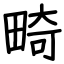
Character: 畸